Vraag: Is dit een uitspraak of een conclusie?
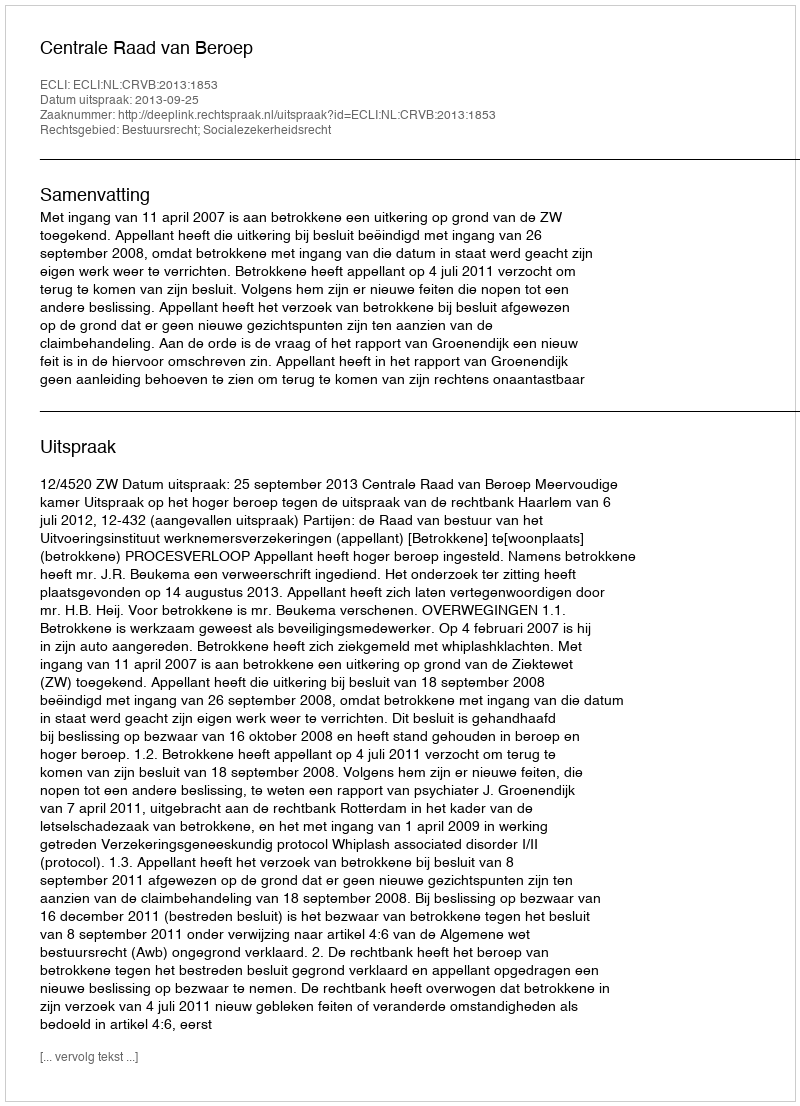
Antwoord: Uitspraak